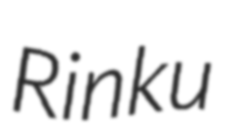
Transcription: Rinku